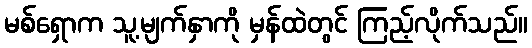
မစ်ရှောက သူ့မျက်နှာကို မှန်ထဲတွင် ကြည့်လိုက်သည်။